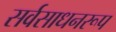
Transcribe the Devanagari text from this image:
सर्वसाधनरूप